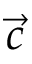
\vec { c }